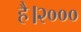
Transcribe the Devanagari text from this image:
है।२०००